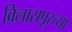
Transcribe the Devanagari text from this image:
विलासपूरच्या